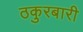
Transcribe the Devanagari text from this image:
ठकुरबारी